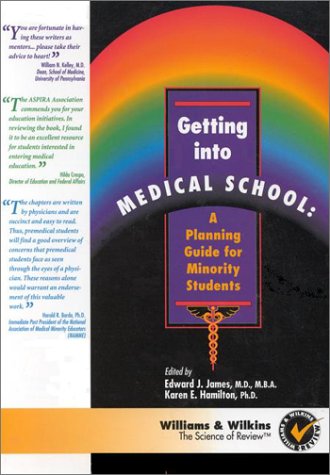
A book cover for Getting Into Medical School: A Planning Guide for Minority Students; Edward liJ. James; Education & Teaching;